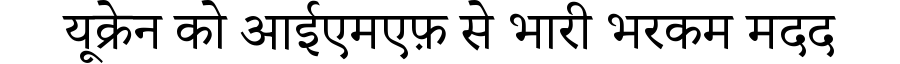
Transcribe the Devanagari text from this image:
यूक्रेन को आईएमएफ़ से भारी भरकम मदद